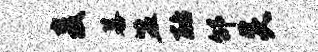
麦暮盟酪邰炎